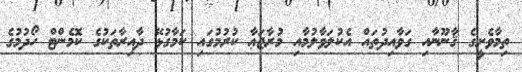
ތިމާވެށީގެ ޤާނޫނާއި ގަވާއިދުތައް އެކުލަވާލުމާއި މުރާޖަޢާ ކުރުމުގައި ކަމާގުޅޭ ދާއިރާތަކުގެ ކޮމެންޓް ހޯދުމުގެ